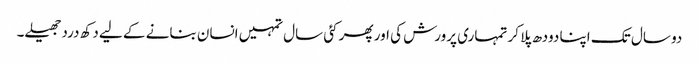
دو سال تک اپنا دودھ پلا کر تمہاری پرورش کی اور پھر کئی سال تمہیں انسان بنانے کے لیے دکھ درد جھیلے۔